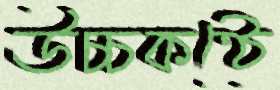
উচ্চকণ্ঠে